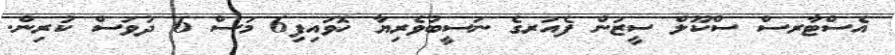
އެސްޓާރސް ސްކޫލް ސީޒަން ފެއަރގެ ނަސީބުވެރިޔާ ހޮވައިފި6 މަސް 6 ދުވަސް ކުރިން.